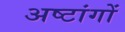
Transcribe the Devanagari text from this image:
अष्टांगों